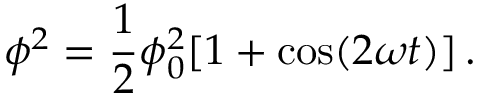
\phi ^ { 2 } = \frac 1 2 \phi _ { 0 } ^ { 2 } [ 1 + \cos ( 2 \omega t ) ] \, .